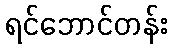
ရင်ဘောင်တန်း